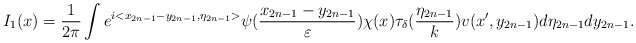
\begin{align*}I_1(x)=\frac{1}{2\pi}\int e^{i<x_{2n-1}-y_{2n-1},\eta_{2n-1}>}\psi(\frac{x_{2n-1}-y_{2n-1}}{\varepsilon})\chi(x)\tau_\delta(\frac{\eta_{2n-1}}{k})v(x',y_{2n-1})d\eta_{2n-1}dy_{2n-1}. \end{align*}